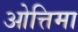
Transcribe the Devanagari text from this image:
ओत्तिमा